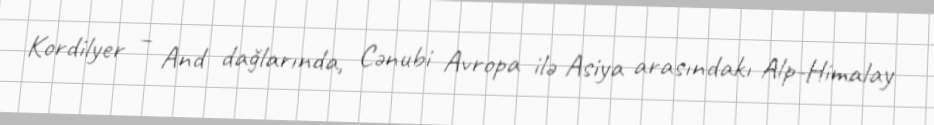
Kordilyer – And dağlarında, Cənubi Avropa ilə Asiya arasındakı Alp-Himalay